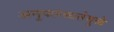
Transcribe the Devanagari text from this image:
अनुपलब्धतेमुळे